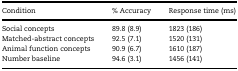
| Condition | % Accuracy | Response time (ms) |
 | --- | --- | --- |
 | Social concepts | 89.8 (8.9) | 1823 (186) |
 | Matched-abstract concepts | 92.5 (7.1) | 1520 (131) |
 | Animal function concepts | 90.9 (6.7) | 1610 (187) |
 | Number baseline | 94.6 (3.1) | 1456 (141) |